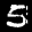
Label: 5